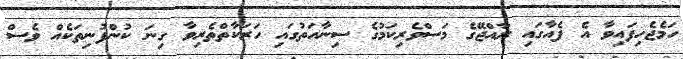
ހަމެޖެހިފައިވާ އެ ފެއާގައި ރާއްޖޭގެ މަސްވެރިކަމުގެ ސިނާއަތުގައި ހަރަކާތްތެރިވާ ގިނަ ކުންފުނިތަކެއް ވެސް